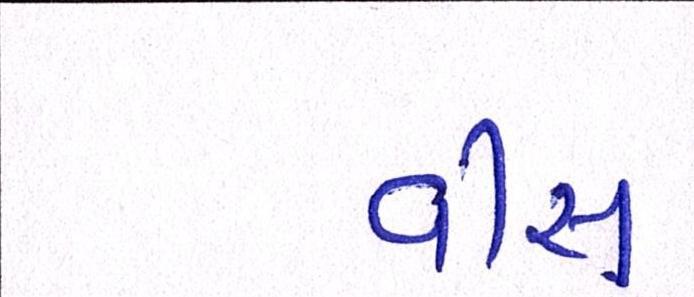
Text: વીસ